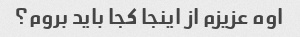
اوه عزیزم از اینجا کجا باید بروم؟